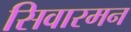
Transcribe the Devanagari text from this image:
सिवारमन